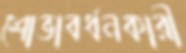
শোভাবর্ধনকারী